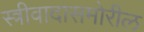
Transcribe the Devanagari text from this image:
स्त्रीवादासमोरील